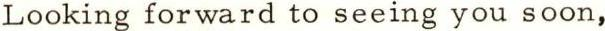
Looking forward to seeing you soon,